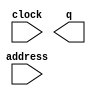
module ISpitFire (
	address,
	clock,
	q);

	input	[5:0]  address;
	input	  clock;
	output	[2:0]  q;
`ifndef ALTERA_RESERVED_QIS
// synopsys translate_off
`endif
	tri1	  clock;
`ifndef ALTERA_RESERVED_QIS
// synopsys translate_on
`endif

endmodule